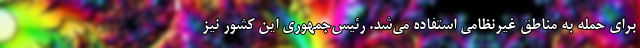
برای حمله به مناطق غیرنظامی استفاده می‌شد. رئیس‌جمهوری این کشور نیز